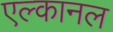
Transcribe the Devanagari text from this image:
एल्कानल